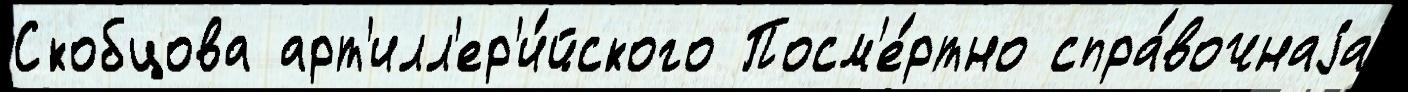
Скобцова арт'илл'ер'и́йского Посм'е́ртно спра́вочнаjа